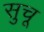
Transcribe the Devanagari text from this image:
सुचू